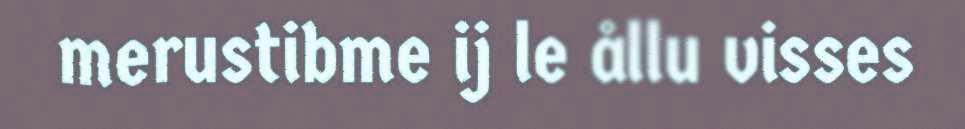
merustibme ij le ållu visses